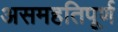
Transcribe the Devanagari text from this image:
असमहतिपूर्ण